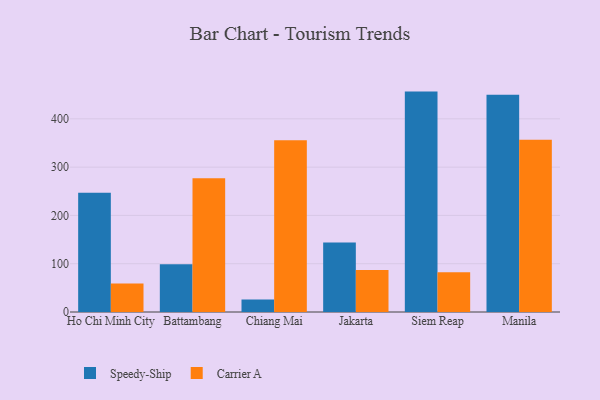
{"axis": {"x": "City", "y": "Humidity (%)"}, "legend": ["Carrier A", "Speedy-Ship"], "data": [{"x": "Ho Chi Minh City", "y": 247.0, "type": "Speedy-Ship"}, {"x": "Ho Chi Minh City", "y": 58.8, "type": "Carrier A"}, {"x": "Battambang", "y": 98.9, "type": "Speedy-Ship"}, {"x": "Battambang", "y": 276.8, "type": "Carrier A"}, {"x": "Chiang Mai", "y": 26.1, "type": "Speedy-Ship"}, {"x": "Chiang Mai", "y": 355.5, "type": "Carrier A"}, {"x": "Jakarta", "y": 144.1, "type": "Speedy-Ship"}, {"x": "Jakarta", "y": 87.0, "type": "Carrier A"}, {"x": "Siem Reap", "y": 456.4, "type": "Speedy-Ship"}, {"x": "Siem Reap", "y": 82.2, "type": "Carrier A"}, {"x": "Manila", "y": 449.8, "type": "Speedy-Ship"}, {"x": "Manila", "y": 356.9, "type": "Carrier A"}]}